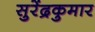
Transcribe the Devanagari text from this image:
सुरेंद्रकुमार